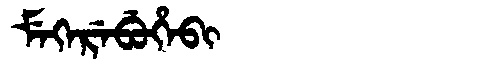
Manchu: ᠮᡝᡴᡝᡵᡝᠪᡠᡥᡝᠪᡳ
Romanization: MEKEREBUHEBI